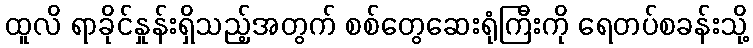
ထူလိ ရာခိုင်နှုန်းရှိသည့်အတွက် စစ်တွေဆေးရုံကြီးကို ရေတပ်စခန်းသို့